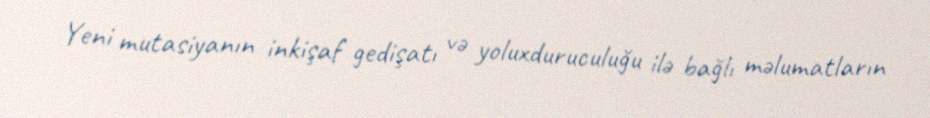
Yeni mutasiyanın inkişaf gedişatı və yoluxduruculuğu ilə bağlı məlumatların